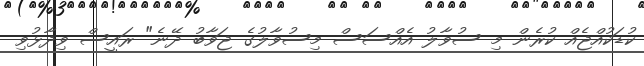
ކުޑަކުއްޖެއް ކުރެން މި ސުވާލު އެއްސަސް މިސުވާލުގެ ޖަވާބު ދޭނެ" ރައީސް ވިދާޅުވި